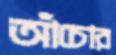
আঁচোর